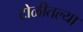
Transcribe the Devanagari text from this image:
टोळीतल्या